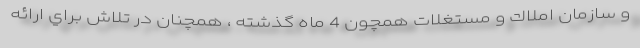
و سازمان املاك و مستغلات همچون 4 ماه گذشته ، همچنان در تلاش براي ارائه